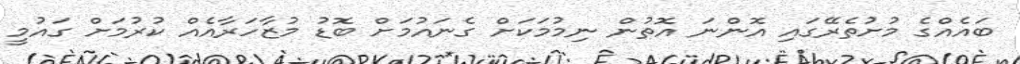
ބައެއްގެ މުށުތެރޭގައި އޮންނަ އޮތުން ނިމުމަކަށް ގެނައުމަށް ބޮޑު މުޒާހަރާއެއް ކުރުމަށް ގައުމީ